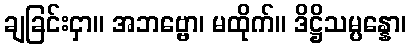
ချခြင်းငှာ။ အဘဗ္ဗော၊ မထိုက်။ ဒိဋ္ဌိသမ္ပန္နော၊